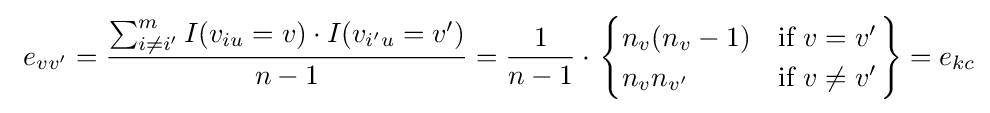
\ e_{vv'}={\frac {\sum _{i\neq i'}^{m}I(v_{iu}=v)\cdot I(v_{i'u}=v')}{n-1}}={\frac {1}{n-1}}\cdot \left.{\begin{cases}n_{v}(n_{v}-1)&{\text{if }}v=v'\\n_{v}n_{v'}&{\text{if }}v\neq v'\end{cases}}\right\}=e_{kc}